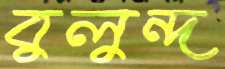
বুলুন্দ